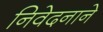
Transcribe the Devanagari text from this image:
निवेदनाने